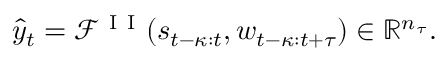
\hat { y } _ { t } = \mathcal { F } ^ { \mathrm { ~ I ~ I ~ } } ( s _ { t - \kappa : t } , w _ { t - \kappa : t + \tau } ) \in \mathbb { R } ^ { n _ { \tau } } .